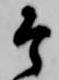
そ